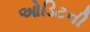
ઓડિટની